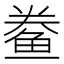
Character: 鲞